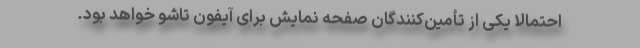
احتمالاً یکی از تأمین‌کنندگان صفحه نمایش برای آیفون تاشو خواهد بود.